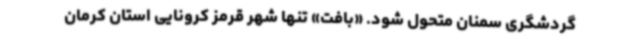
گردشگری سمنان متحول شود. «بافت» تنها شهر قرمز کرونایی استان کرمان